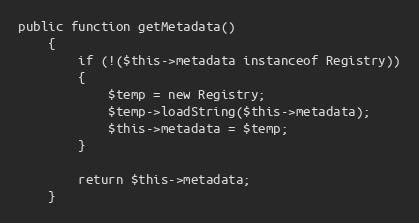
Language: PHP
public function getMetadata()
	{
		if (!($this->metadata instanceof Registry))
		{
			$temp = new Registry;
			$temp->loadString($this->metadata);
			$this->metadata = $temp;
		}

		return $this->metadata;
	}